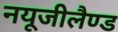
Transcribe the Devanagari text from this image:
नयूजीलैण्ड